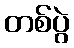
တစ်ပွဲ